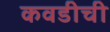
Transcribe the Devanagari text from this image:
कवडीची